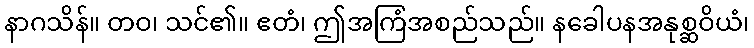
နာဂသိန်။ တဝ၊ သင်၏။ ဧတံ၊ ဤအကြံအစည်သည်။ နခေါပနအနုစ္ဆဝိယံ၊